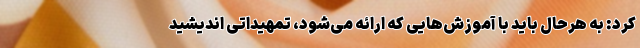
کرد: به هرحال باید با آموزش‌هایی که ارائه می‌شود، تمهیداتی اندیشید